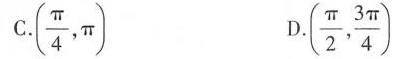
C.(\frac{π}{4}, π) D.(\frac{π}{2}, \frac{3 π}{4})